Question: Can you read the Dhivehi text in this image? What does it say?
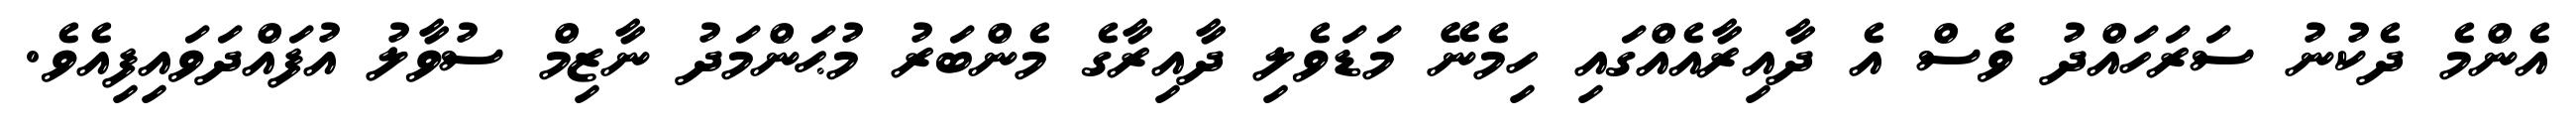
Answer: އެންމެ ދެކުނު ސަރަހައްދު ވެސް އެ ދާއިރާއެއްގައި ހިމެނޭ މަޑަވެލި ދާއިރާގެ މެންބަރު މުޙަންމަދު ނާޒިމް ސުވާލު އުފައްދަވައިފިއެވެ.